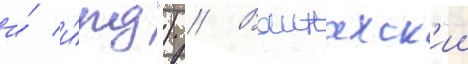
и́ и́пд") // Ваинахск'ии